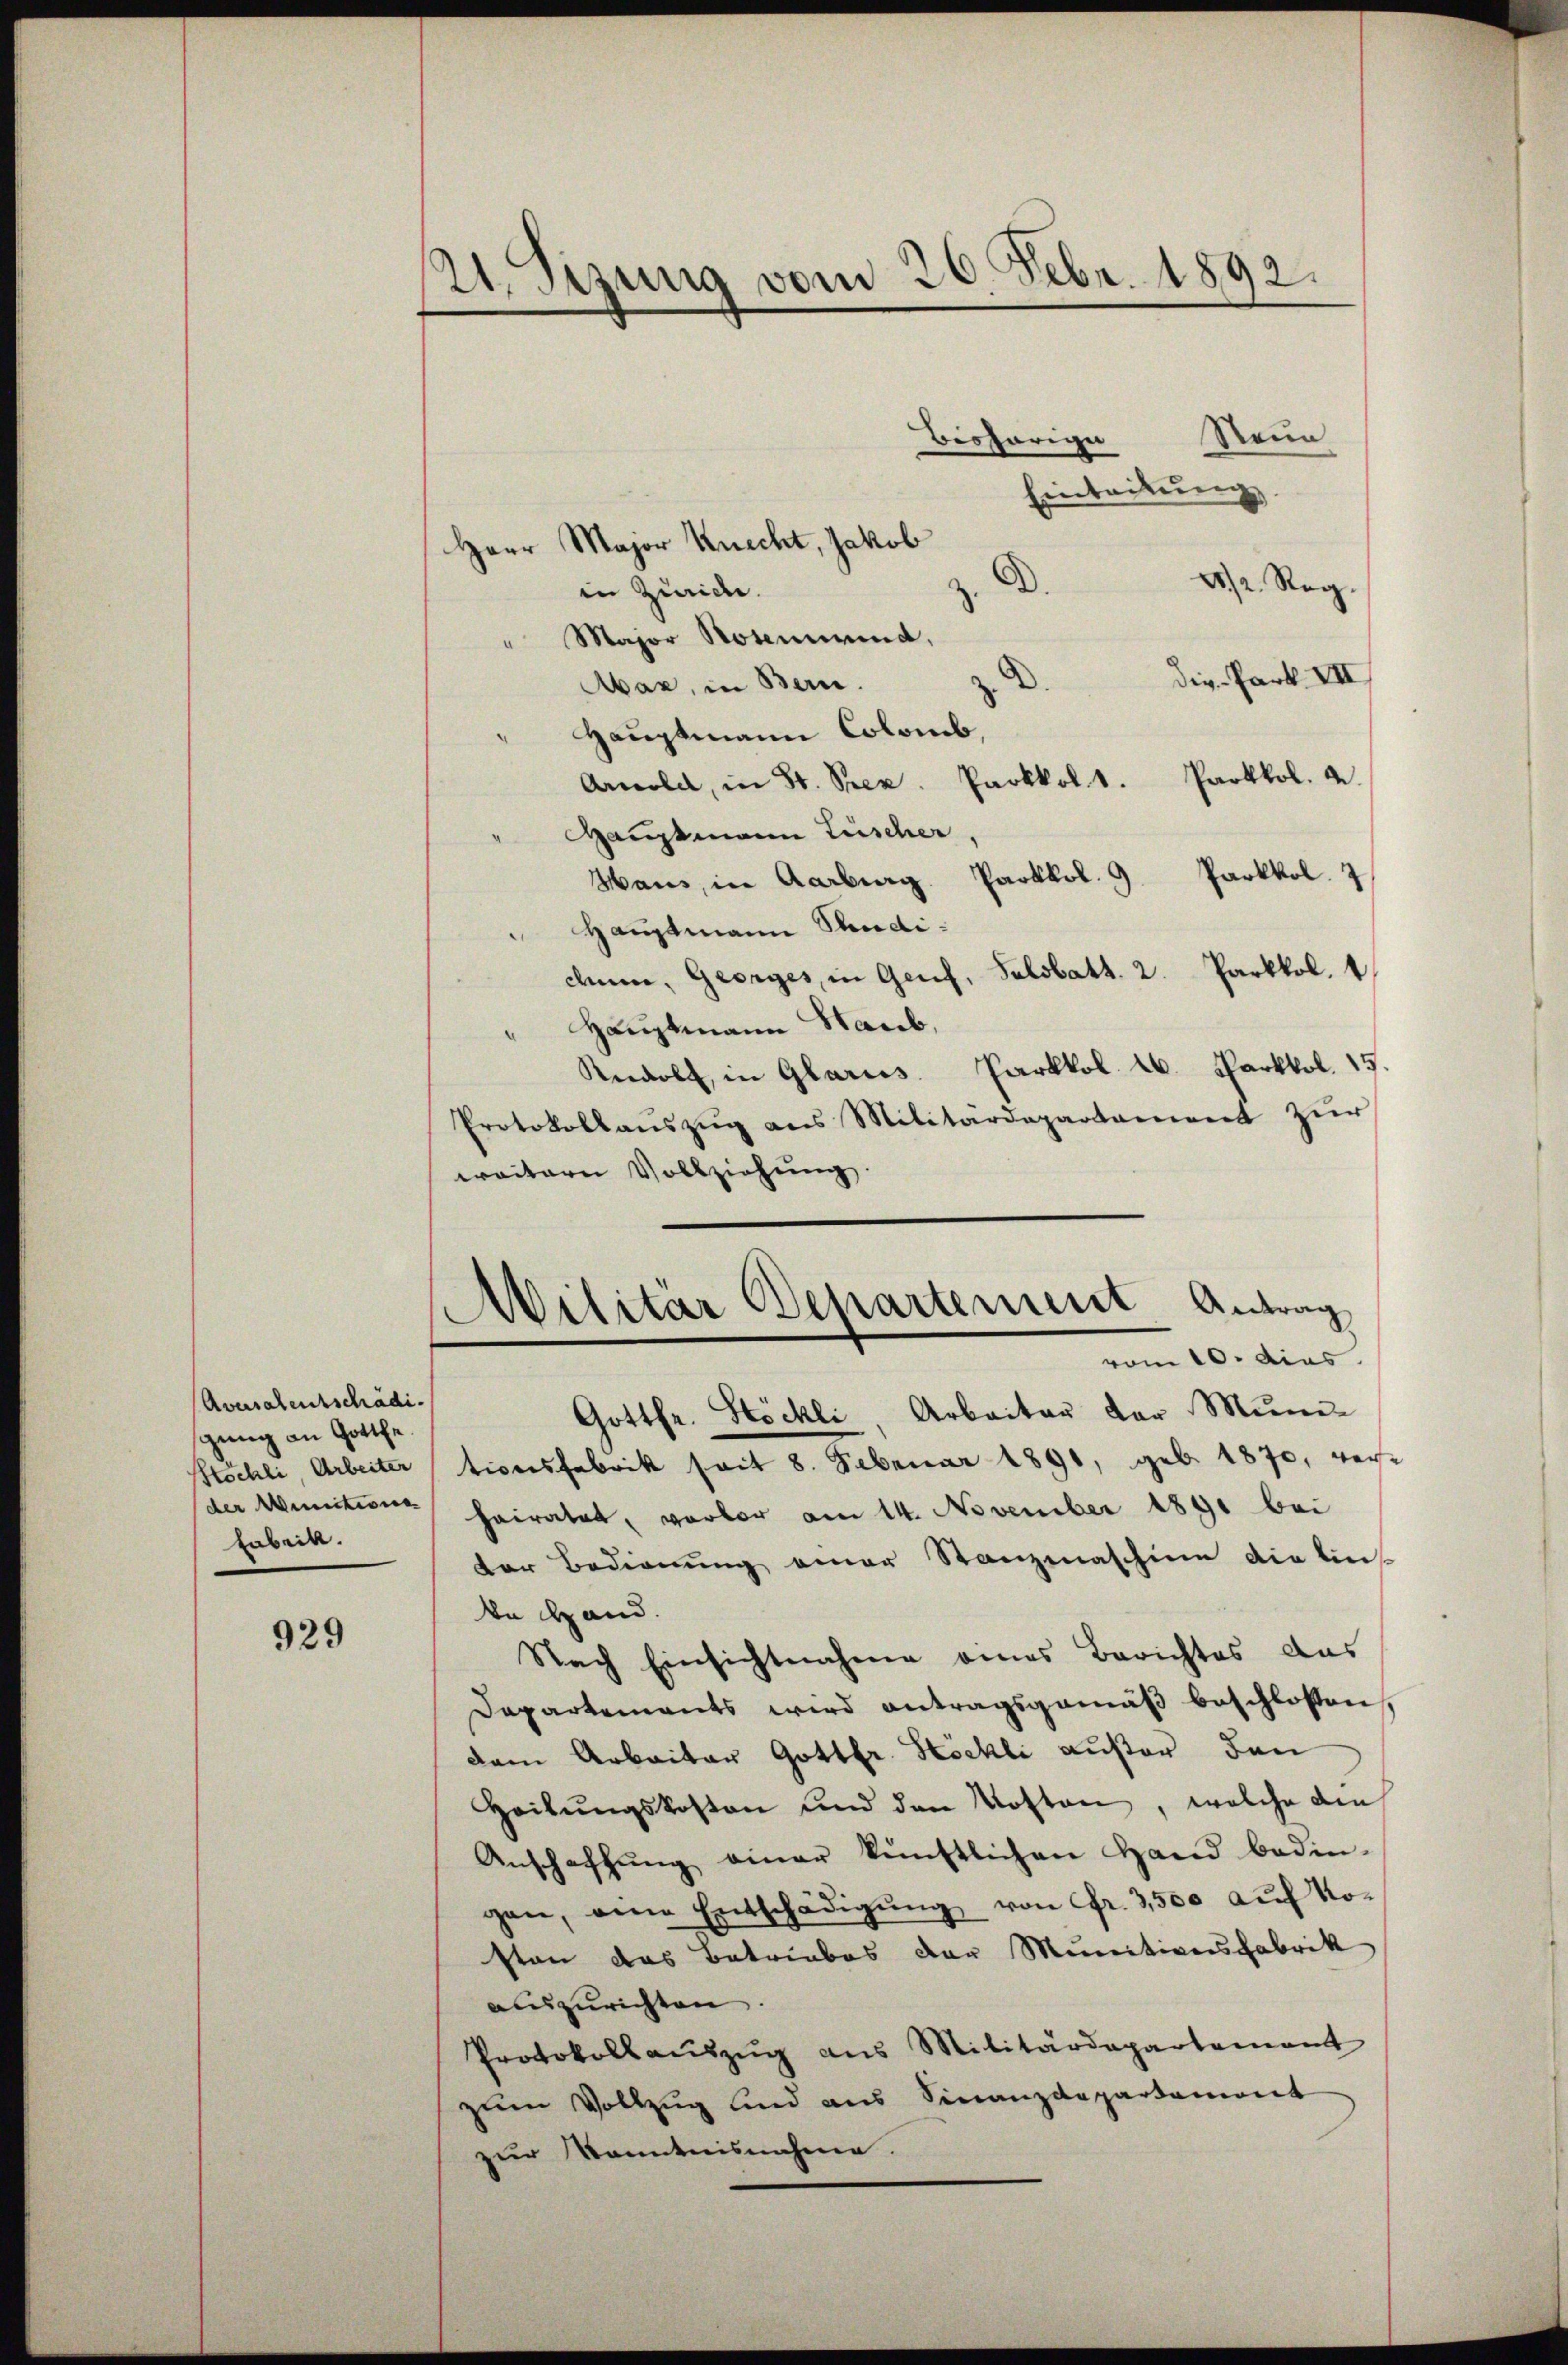
Aversalentschädigung an Gotthe
Köchli Arbeiter
haben.

929

2 sizung vom 20. Febr. 1892.

Bisheriger
Reun
Eintritung
Herr Major Knecht, Jakob
2). A. Reg.
in Zürich.
Major Notenwind,
Die Park. VII
Mbar, in Bern.
" Hauptmann Colomb,
Parkkol. 2.
Arnold, in St. Prez. Paokkol. 1.
Hauptmann Lüscher
Haus, in Aarburg Parkkol. 9. Parkkol. 7
Hauptmann Studidn, Georges, in Genf, Salsbath. 2. Parkkol. 1
Hauptmann Haab,
Redolt, in Glarus Parkkol. 26. Parkkol. 15.
Protokollaŭszŭg ans Militärdepartament zŭr
weitern Vollziehŭng.
Militär Departement Antrag
vom 10. dies
Gottfr. Stöckli, Arbeiter der Muni-
tionsfabrik sait 8. Februar 1891, geb. 1870, verder Munition heiratet, vorber am 14. November 1891 bei
der Bedienung einer Stanzenaschine die Eins
de Hand.
Nach Einsichtnahme eines Berichtes das
Dapartements wird antragsgemäß beschlossen,
dem Arbeiter Gottfr. Höckli außer den
Heilŭngskosten und den Kosten, welche die
Anschaffŭng einer künstlichen Hand bedin-
gen, eine Entschädigŭng von fr. 3500 aŭf No-
sten das Betriebes der Munitiversfabrik
auszurichten
Protokoll aŭszŭg ans Militärdepartement
zum Vollzug sind aus Finanzdepartamont
zur Kenntnisnahme.